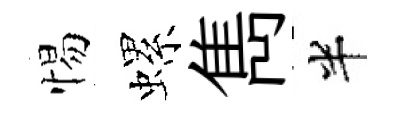
惕螺雋半